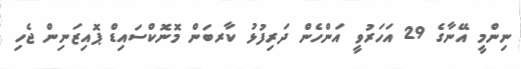
ނިންމީ އޭނާގެ 29 އަހަރުވީ އަންހެން ދަރިފުޅު ކާރބަން މޮނޮކްސައިޑް ޕޮއިޒަނިން ޖެހި